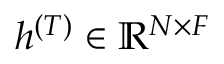
h ^ { ( T ) } \in \mathbb { R } ^ { N \times F }